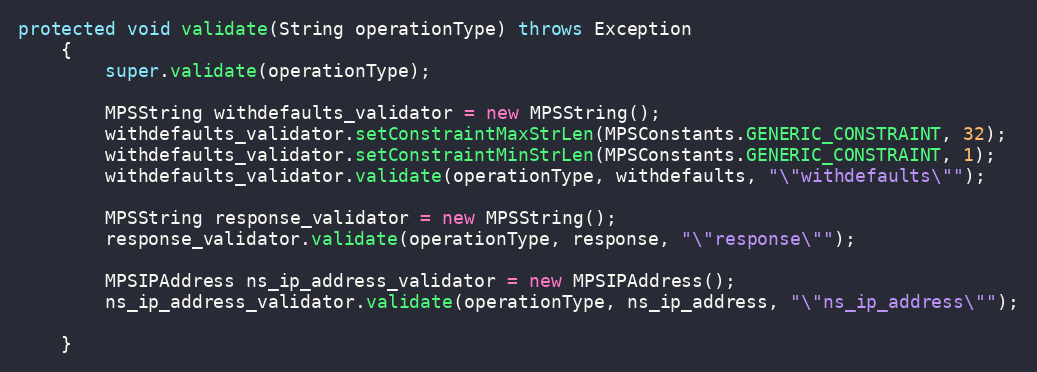
Language: Java
protected void validate(String operationType) throws Exception
	{
		super.validate(operationType);

		MPSString withdefaults_validator = new MPSString();
		withdefaults_validator.setConstraintMaxStrLen(MPSConstants.GENERIC_CONSTRAINT, 32);
		withdefaults_validator.setConstraintMinStrLen(MPSConstants.GENERIC_CONSTRAINT, 1);
		withdefaults_validator.validate(operationType, withdefaults, "\"withdefaults\"");

		MPSString response_validator = new MPSString();
		response_validator.validate(operationType, response, "\"response\"");

		MPSIPAddress ns_ip_address_validator = new MPSIPAddress();
		ns_ip_address_validator.validate(operationType, ns_ip_address, "\"ns_ip_address\"");

	}